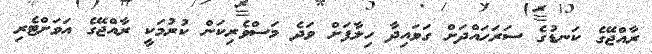
ރާއްޖޭގެ ކަނޑުގެ ސަރަހައްދަށް ގަވައިދާ ހިލާފަށް ވަދެ މަސްވެރިކަން ކުރުމަކީ ރާއްޖޭގެ އަވަށްޓެރި